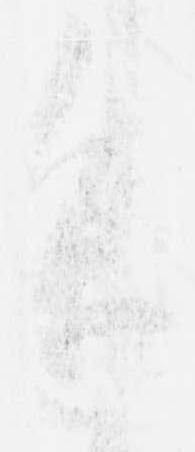
進